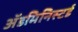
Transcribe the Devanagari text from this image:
ॲडमिनिस्टर्ड